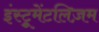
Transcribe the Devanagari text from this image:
इंस्ट्रूमेंटलिज़म